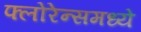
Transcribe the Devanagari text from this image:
फ्लोरेन्समध्ये